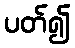
ပတ်၍